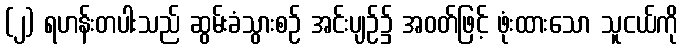
(၂) ရဟန်းတပါးသည် ဆွမ်းခံသွားစဉ် အင်းပျဉ်၌ အဝတ်ဖြင့် ဖုံးထားသော သူငယ်ကို